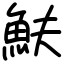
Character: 𩵩